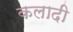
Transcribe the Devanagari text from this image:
कलादी